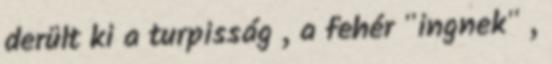
derült ki a turpisság , a fehér "ingnek" ,